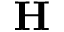
{ \bf H }